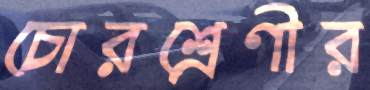
চোরশ্রেণীর